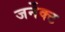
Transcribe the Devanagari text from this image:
जर्नेक्ट